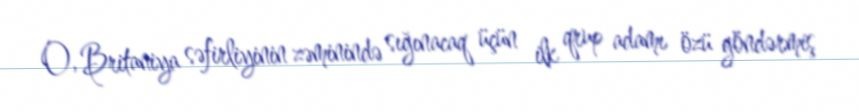
O, Britaniya səfirliyinin zəminində sığınacaq üçün ilk qrup adamı özü göndərmiş